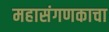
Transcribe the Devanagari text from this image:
महासंगणकाचा